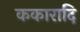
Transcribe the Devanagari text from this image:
ककारादि